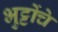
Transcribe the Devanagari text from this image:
भुट्टोंचे